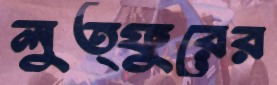
লুত্ফুরের